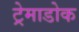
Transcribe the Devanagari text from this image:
ट्रेमाडोक